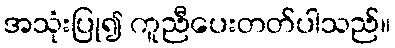
အသုံးပြု၍ ကူညီပေးတတ်ပါသည်။